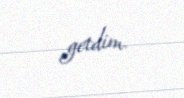
getdim.